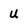
Character: u